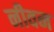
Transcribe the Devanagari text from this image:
नीवन